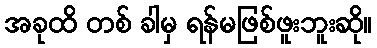
အခုထိ တစ် ခါမှ ရန်မဖြစ်ဖူးဘူးဆို။